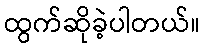
ထွက်ဆိုခဲ့ပါတယ်။